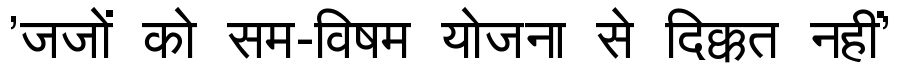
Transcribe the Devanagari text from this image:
'जजों को सम-विषम योजना से दिक्कत नहीं'